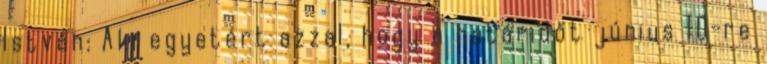
István: Aki egyetért azzal, hogy a határidőt június 10-re